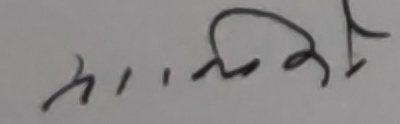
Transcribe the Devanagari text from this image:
ममोक